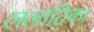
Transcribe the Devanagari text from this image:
ललाटिका